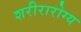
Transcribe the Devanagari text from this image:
शरीरारोग्य